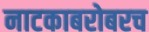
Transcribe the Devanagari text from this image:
नाटकाबरोबरच